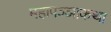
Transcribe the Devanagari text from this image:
महापञ्ञाकथा